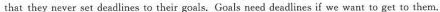
that they never set deadlines to their goals.Goals need deadlines if we want to get to them.